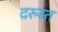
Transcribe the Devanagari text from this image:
दरुस्त